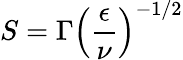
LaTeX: S=\Gamma\left(\frac{\epsilon}{\nu}\right)^{-1/2}